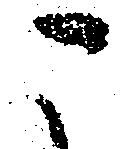
こ